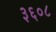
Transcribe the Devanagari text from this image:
३६०८